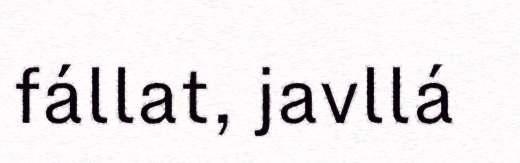
fállat, javllá